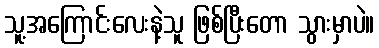
သူ့အကြောင်းလေးနဲ့သူ ဖြစ်ပြီးတော သွားမှာပဲ။